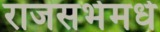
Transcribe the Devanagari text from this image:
राजसभेमधे